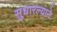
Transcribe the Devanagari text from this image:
सुधारल्याने